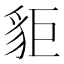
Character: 𧲽